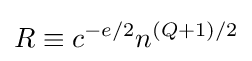
R\equiv c^{-e/2}n^{(Q+1)/2}